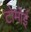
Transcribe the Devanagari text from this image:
टोमोई